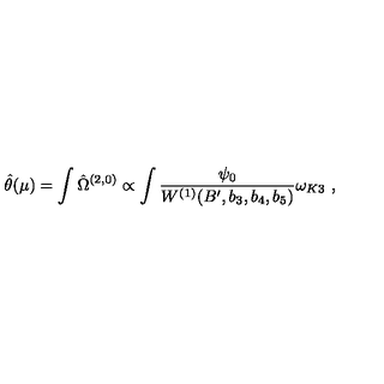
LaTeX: \hat { \theta } ( \mu ) = \int \hat { \Omega } ^ { ( 2 , 0 ) } \propto \int \frac { \psi _ { 0 } } { W ^ { ( 1 ) } ( B ^ { \prime } , b _ { 3 } , b _ { 4 } , b _ { 5 } ) } \omega _ { K 3 } \ ,